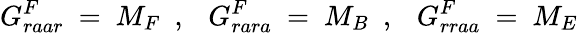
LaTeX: G_{raar}^{F}\ =\ M_{F}\ \ ,\ \ \ G_{rara}^{F}\ =\ M_{B}\ \ ,\ \ \ G_{rraa}^{F}\ =\ M_{E}